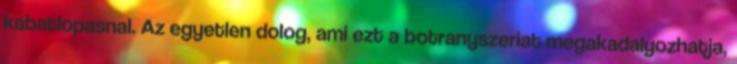
kabatlopasnal. Az egyetlen dolog, ami ezt a botranyszeriat megakadalyozhatja,